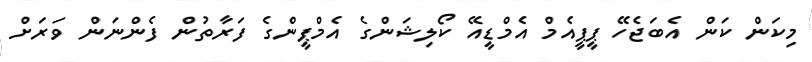
މިކަން ކަން އެބަޖެހޭ ޕީޕީއެމް އެމްޑީއޭ ކޯލިޝަންގެ އެމްޕީންގެ ފަރާތުން ފެންނަން ވަރަށް